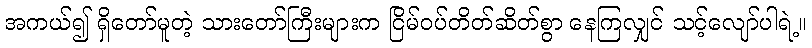
အကယ်၍ ရှိတော်မူတဲ့ သားတော်ကြီးများက ငြိမ်ဝပ်တိတ်ဆိတ်စွာ နေကြလျှင် သင့်လျော်ပါရဲ့။